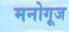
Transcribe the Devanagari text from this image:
मनोगूज